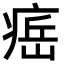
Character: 𤷝